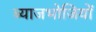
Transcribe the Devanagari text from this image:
ब्याजभोजियों